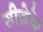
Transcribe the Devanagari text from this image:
सीज़ेके